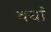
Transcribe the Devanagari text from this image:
वर्चा